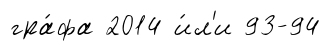
гра́фа 2014 и́л'и 93-94